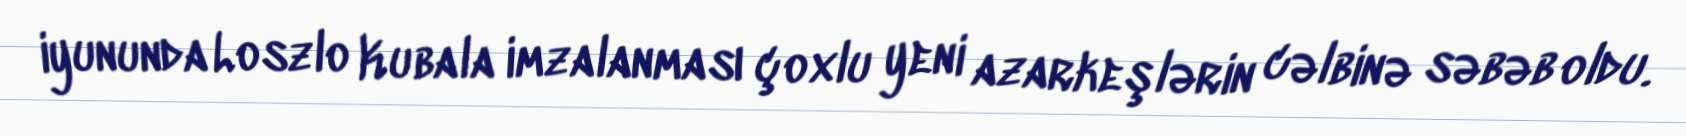
iyununda Loszlo Kubala imzalanması çoxlu yeni azarkeşlərin cəlbinə səbəb oldu.